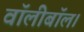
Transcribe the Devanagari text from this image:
वॉलीबॉल।